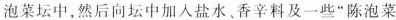
泡菜坛中，然后向坛中加入盐水、香辛料及一些”陈泡菜